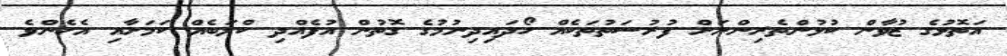
އަތޮޅުގެ ޒުވާން ކުޅުންތެރިންނަށް ފުރުސަތުތަކެއް ހޯދައިދިނުމުގެ ގޮތުން އުފެއްދި ކްލަބެއް ކަމަށާއި އެހެންވެ